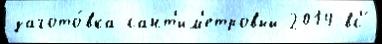
загото́вка сант'им'етровый 2014 вс'́